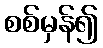
စစ်မှန်၍